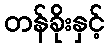
တန်ခိုးနှင့်